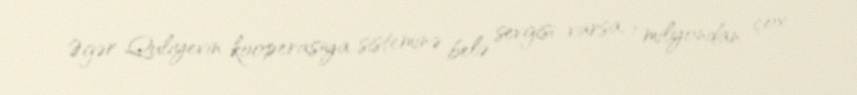
Əgər Quliyevin kooperasiya sisteminə belə sevgisi varsa, 1 milyondan çox